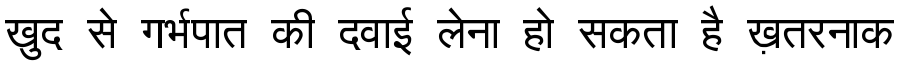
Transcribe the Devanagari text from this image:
खुद से गर्भपात की दवाई लेना हो सकता है ख़तरनाक